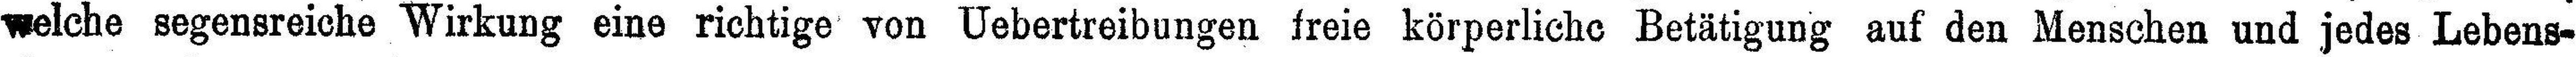
welche segensreiche Wirkung eine richtige von Uebertreibungen freie körperliche Betätigung auf den Menschen und jedes Lebens¬